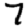
Digit: 7